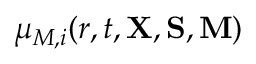
\mu _ { M , i } ( r , t , { \bf X } , { \bf S } , { \bf M } )